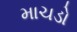
માચડો